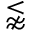
\lnapprox